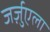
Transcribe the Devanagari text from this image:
जर्ज़ुएला